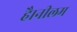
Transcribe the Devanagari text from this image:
है।नीलम